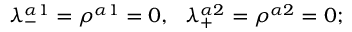
\lambda _ { - } ^ { \alpha 1 } = \rho ^ { \alpha 1 } = 0 , \ \ \lambda _ { + } ^ { \alpha 2 } = \rho ^ { \alpha 2 } = 0 ;